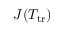
{ \cal J } ( T _ { \mathrm { t r } } )